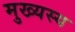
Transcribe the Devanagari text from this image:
मुख्यस्य